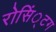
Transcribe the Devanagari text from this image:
रोसिं्टग